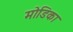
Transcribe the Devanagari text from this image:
मोडिका